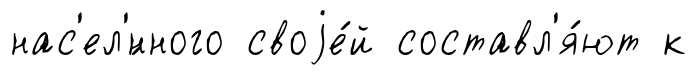
нас'ел'́нного своjе́й составл'я́ют к